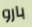
بارو